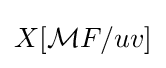
X[{\mathcal {M}}F/uv]